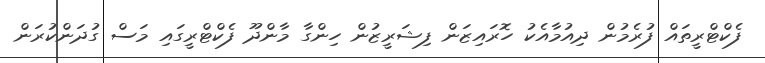
ފެކްޓްރީތައް ފުރެމުން ދިއުމާއެކު ހޮރައިޒަން ފިޝަރީޒުން ހިންގާ މާންދޫ ފެކްޓްރީގައި މަސް ގުދަންކުރަން